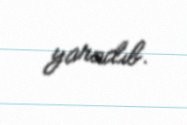
yaradıb.